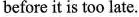
before it is too late.